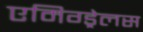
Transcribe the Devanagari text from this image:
एमिग्ड्रेलस